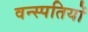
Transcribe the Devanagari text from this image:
वन्स्पतियों